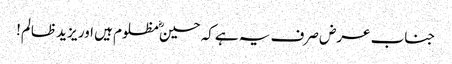
جناب عرض صرف یہ ہےکہ حسینؓ مظلوم ہیں اور یزید ظالم!